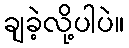
ချခဲ့လို့ပါပဲ။